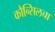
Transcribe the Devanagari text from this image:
कौन्सिलचा